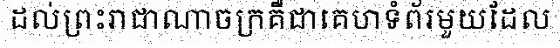
ដល់ព្រះរាជាណាចក្រគឺជាគេហទំព័រមួយដែល